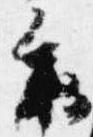
参